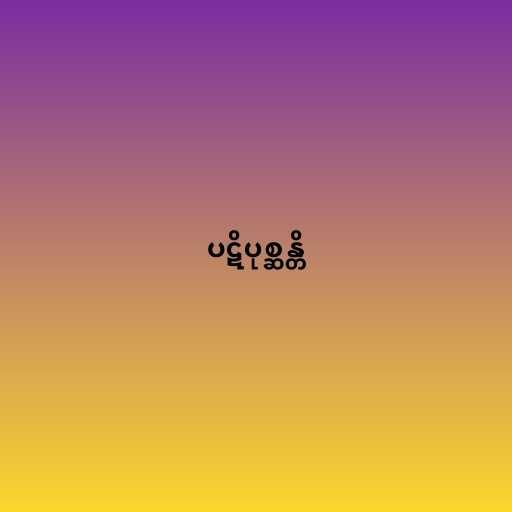
ပဋိပုစ္ဆန္တိ